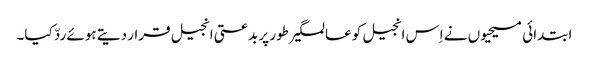
ابتدائی مسیحیوں نے اِس انجیل کو عالمگیر طور پر بدعتی انجیل قرار دیتے ہوئے ردّ کیا۔